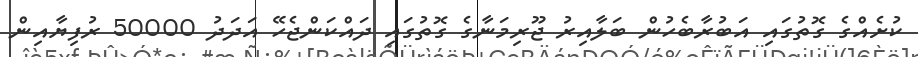
ކުށެއްގެ ގޮތުގައި އަބުރާބެހުން ބަލާއިރު ޖޫރިމަނާގެ ގޮތުގައި ދައްކަންޖެހޭ އަދަދު 50000 ރުފިޔާއިން